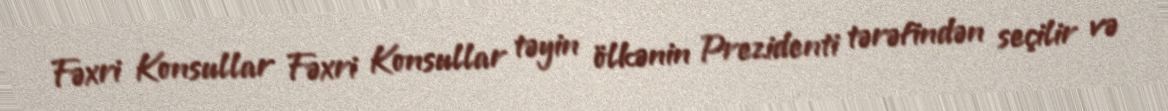
Fəxri Konsullar Fəxri Konsullar təyin ölkənin Prezidenti tərəfindən seçilir və